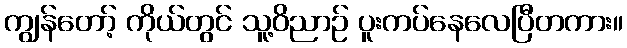
ကျွန်တော့် ကိုယ်တွင် သူ့ဝိညာဉ် ပူးကပ်နေလေပြီတကား။